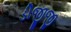
ડીજીજી